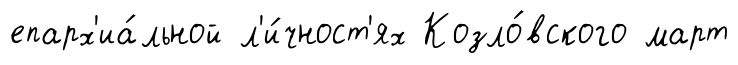
епарх'иа́льной л'и́чност'ях Козло́вского март